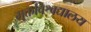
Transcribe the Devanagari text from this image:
मुक्तविश्वद्यालय